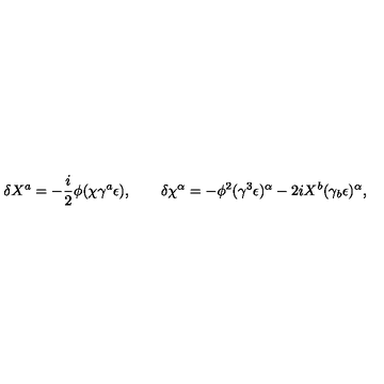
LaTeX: \delta X ^ { a } = - \frac { i } { 2 } \phi ( \chi \gamma ^ { a } \epsilon ) , \qquad \delta \chi ^ { \alpha } = - \phi ^ { 2 } ( \gamma ^ { 3 } \epsilon ) ^ { \alpha } - 2 i X ^ { b } ( \gamma _ { b } \epsilon ) ^ { \alpha } ,